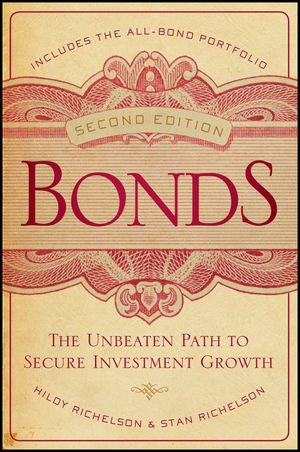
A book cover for Bonds: The Unbeaten Path to Secure Investment Growth; Hildy Richelson; Business & Money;